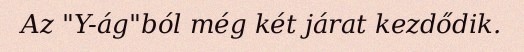
Az "Y-ág"ból még két járat kezdődik.